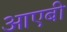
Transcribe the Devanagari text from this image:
आएबी